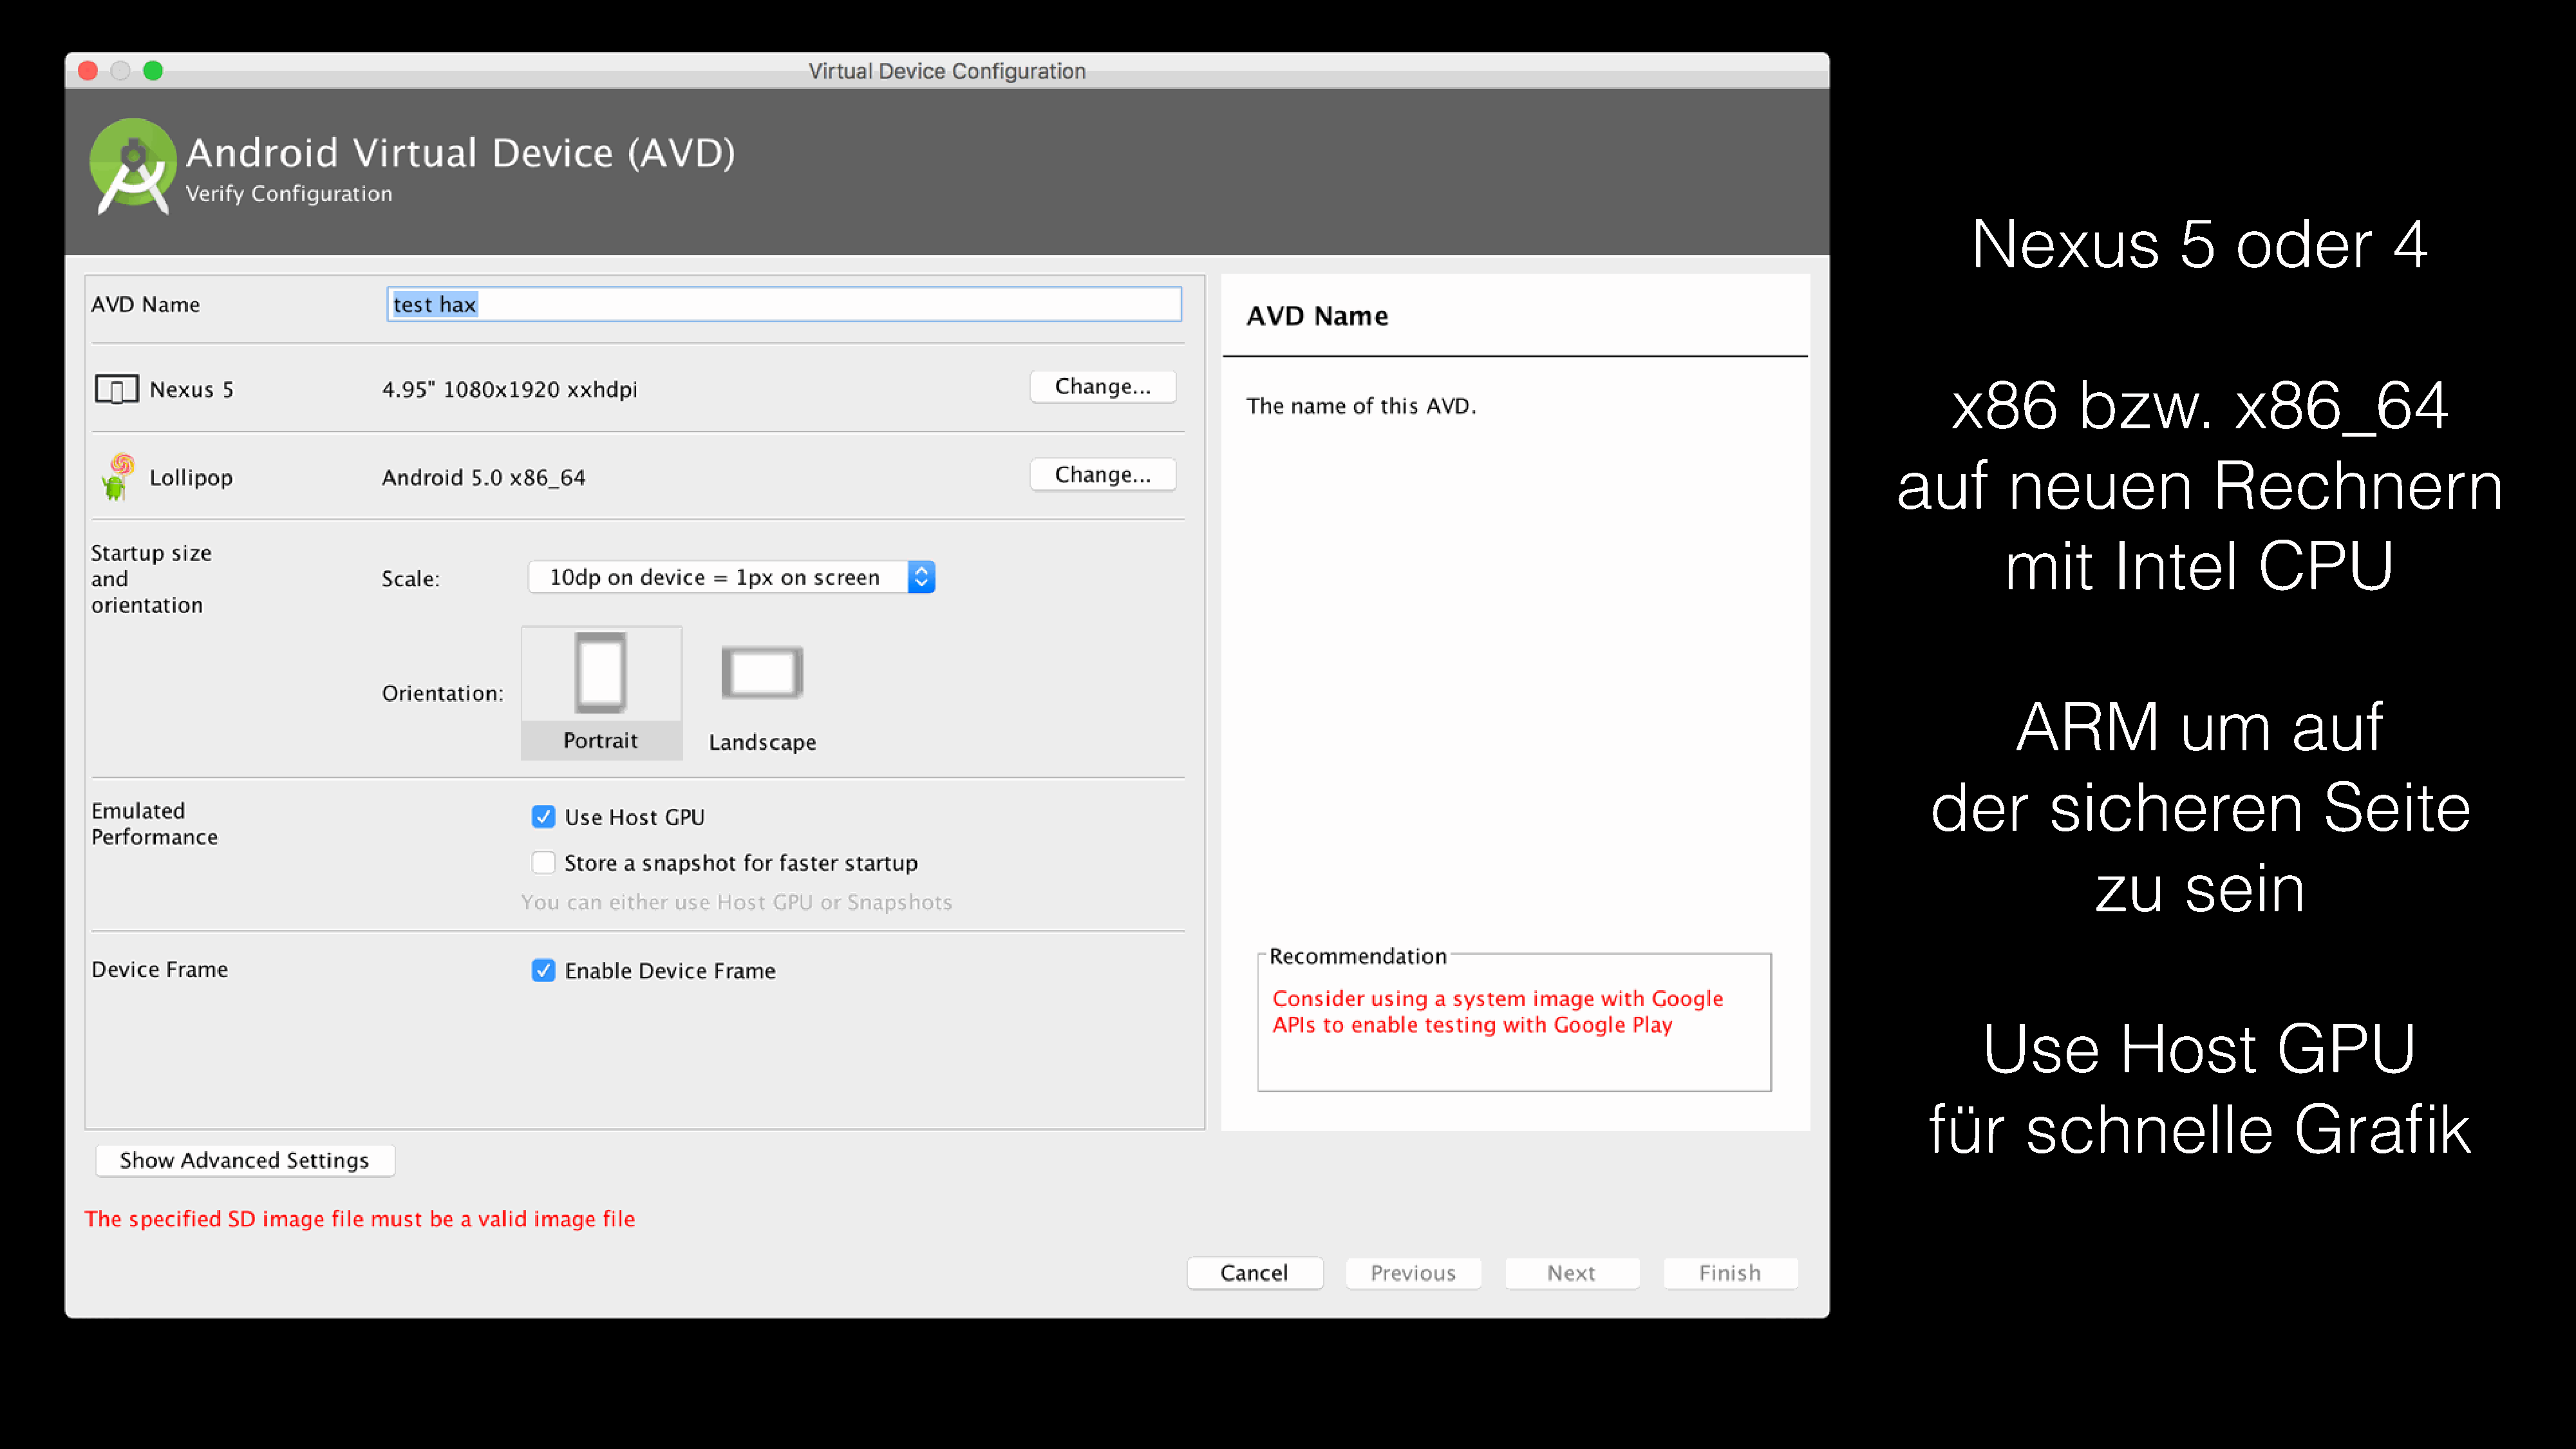
Nexus                5     oder            4
 x86          bzw.            x86_64
 auf        neuen                Rechnern
 mit        Intel          CPU
 ARM              um          auf
 der          sicheren                    Seite
 zu        sein
 Use           Host            GPU
 für       schnelle                    Grafik